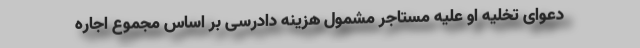
دعوای تخلیه او علیه مستاجر مشمول هزینه دادرسی بر اساس مجموع اجاره